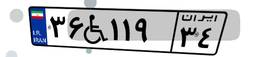
۳۶W۱۱۹۳۴